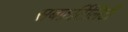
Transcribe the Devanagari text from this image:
सबफ़र्टिलिटी